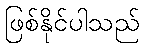
ဖြစ်နိုင်ပါသည်